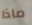
ماذا